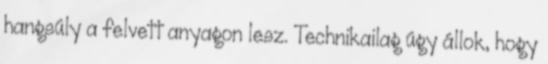
hangsúly a felvett anyagon lesz. Technikailag úgy állok, hogy